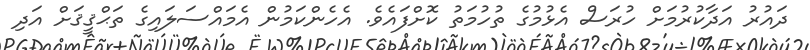
ދައުރު އަދާކުރުމަށް ހުރަސް އެޅުމުގެ ތުހުމަތު ކޮށްފައެވެ. އެހެންކަމުން އެމައްސަލައިގެ ތަޙްޤީޤަށް އަދި